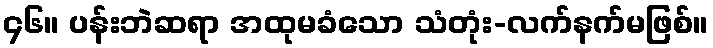
၄၆။ ပန်းဘဲဆရာ အထုမခံသော သံတုံး-လက်နက်မဖြစ်။